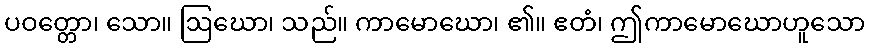
ပဝတ္တော၊ သော။ ဩဃော၊ သည်။ ကာမောဃော၊ ၏။ ဧတံ၊ ဤကာမောဃောဟူသော